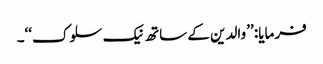
فرمایا: ’’والدین کے ساتھ نیک سلوک‘‘۔